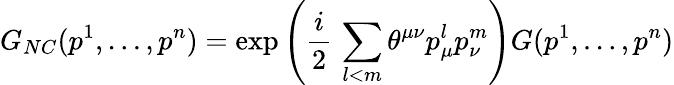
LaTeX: G_{NC}(p^{1},\dots,p^{n})=\exp\left(\frac{i}{2}\, \sum_{l<m}\theta^{\mu\nu}p_{\mu}^{l}p_{\nu}^{m}\right)G(p^{1},\dots,p^{n})